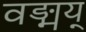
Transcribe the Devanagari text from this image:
वङ्मय्